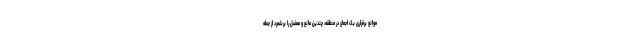
موانع برقراری یک اجماع در منطقه، چندین مانع و معضل را برشمرد از جمله